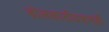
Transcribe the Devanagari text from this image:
डोलकाठीवरूनही